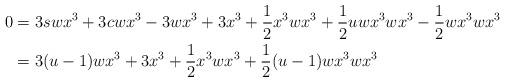
LaTeX: \begin{align*}0 & = 3swx^3 + 3cwx^3 - 3wx^3 + 3x^3 + \frac{1}{2}x^3wx^3 + \frac{1}{2}uwx^3wx^3 - \frac{1}{2}wx^3wx^3\\& = 3 (u-1)wx^3 + 3x^3 + \frac{1}{2}x^3wx^3 + \frac{1}{2}(u-1)wx^3wx^3\end{align*}